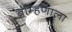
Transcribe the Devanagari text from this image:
ब्राम्हणाला